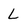
Character: L